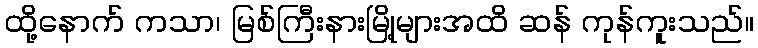
ထို့နောက် ကသာ၊ မြစ်ကြီးနားမြို့များအထိ ဆန် ကုန်ကူးသည်။